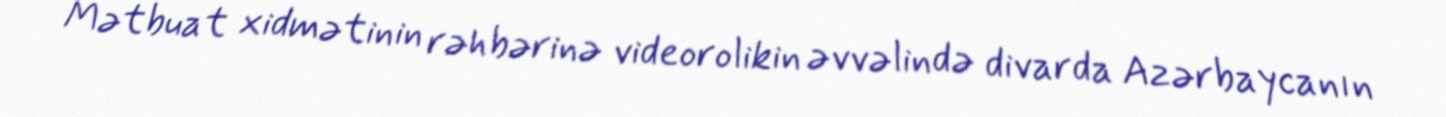
Mətbuat xidmətinin rəhbərinə videorolikin əvvəlində divarda Azərbaycanın